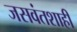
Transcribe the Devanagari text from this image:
जसवंतशाही